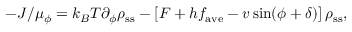
- J / \mu _ { \phi } = k _ { B } T \partial _ { \phi } \rho _ { \mathrm { s s } } - \left[ F + h f _ { \mathrm { a v e } } - v \sin ( \phi + \delta ) \right] \rho _ { \mathrm { s s } } ,